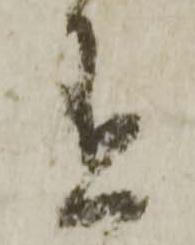
有